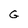
Character: G